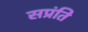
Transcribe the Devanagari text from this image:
सप्रंति